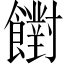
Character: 𩟡